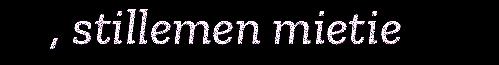
, stillemen mietie